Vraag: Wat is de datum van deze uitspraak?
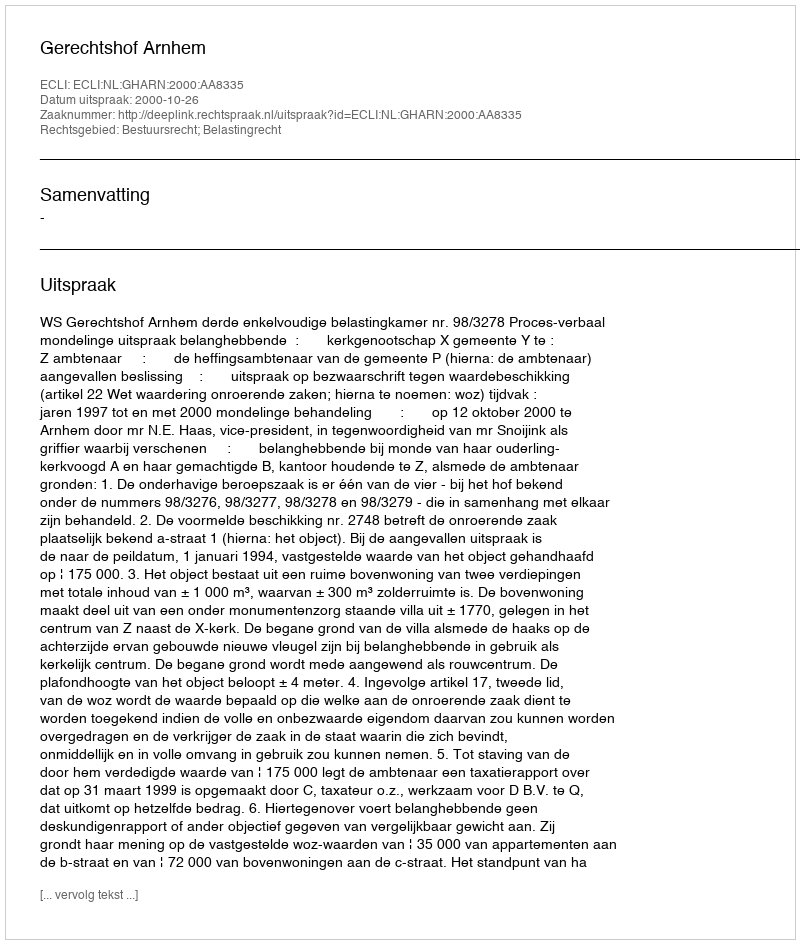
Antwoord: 2000-10-26